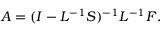
A = ( I - L ^ { - 1 } S ) ^ { - 1 } L ^ { - 1 } F .